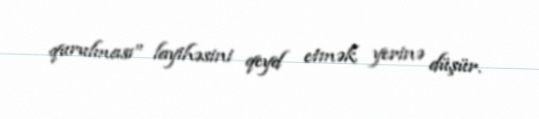
qurulması” layihəsini qeyd etmək yerinə düşür.